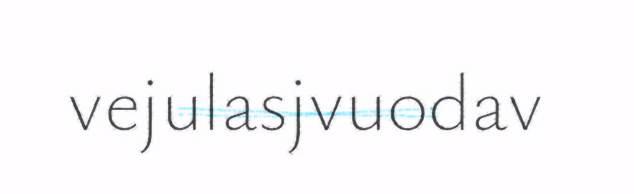
vejulasjvuodav